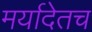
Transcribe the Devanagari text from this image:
मर्यादेतच